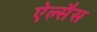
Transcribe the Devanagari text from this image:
ऐल्सैस